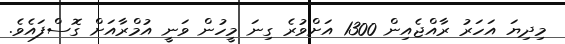
މިދިޔަ އަހަރު ރާއްޖެއިން 1300 އަށްވުރެ ގިނަ މީހުން ވަނީ އުމްރާއަށް ގޮސްފައެވެ.